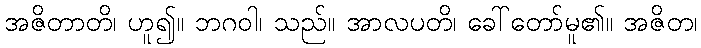
အဇိတာတိ၊ ဟူ၍။ ဘဂဝါ၊ သည်။ အာလပတိ၊ ခေါ်တော်မူ၏။ အဇိတ၊